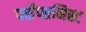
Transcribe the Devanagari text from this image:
पर्सेप्शनिस्ट